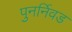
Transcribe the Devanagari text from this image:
पुनर्निवड